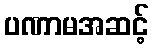
ပဏာမအဆင့်